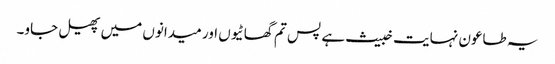
یہ طاعون نہایت خبیث ہے پس تم گھاٹیوں اور میدانوں میں پھیل جاو۔